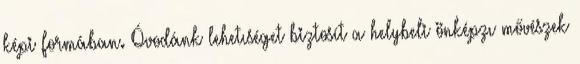
képi formában. Óvodánk lehetıséget biztosít a helybeli önképzı mővészek